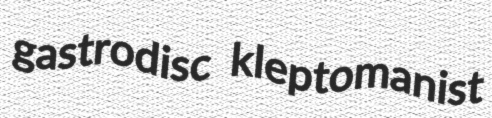
gastrodisc kleptomanist